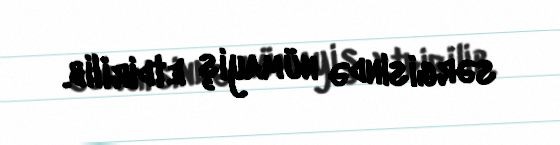
sərgisində nümayiş etdirilib.